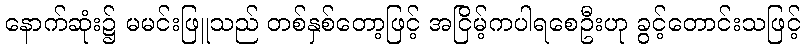
နောက်ဆုံး၌ မမင်းဖြူသည် တစ်နှစ်တော့ဖြင့် အငြိမ့်ကပါရစေဦးဟု ခွင့်တောင်းသဖြင့်